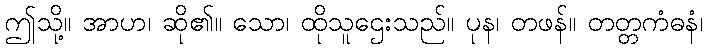
ဤသို့။ အာဟ၊ ဆို၏။ သော၊ ထိုသူဌေးသည်။ ပုန၊ တဖန်။ တတ္တကံဓနံ၊